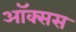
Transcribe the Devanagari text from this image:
ऑक्सस